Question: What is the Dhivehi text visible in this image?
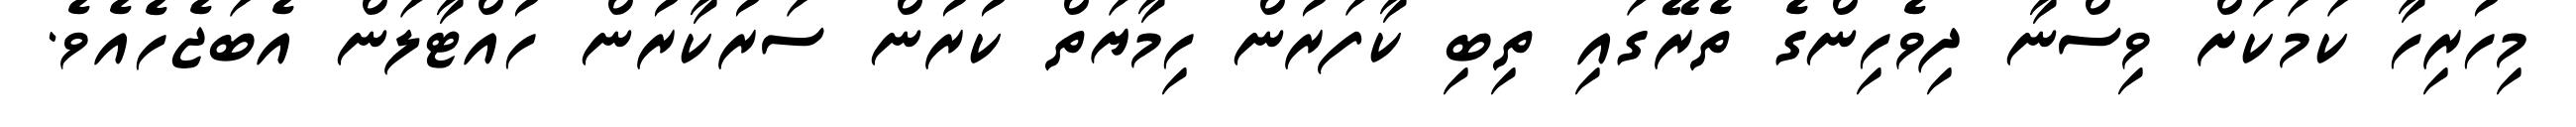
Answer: މިހުރިހާ ކަމަކަށް ވިސްނާ ދިވެހިންގެ ތެރޭގައި ތިބި ކާފަރުން ހިމާޔަތް ކުރުން ސަރުކާރުން ހުއްޓާލަން އެބަޖެހެއެވެ.